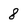
Character: 8